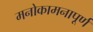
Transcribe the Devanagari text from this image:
मनोकामनापूर्ण